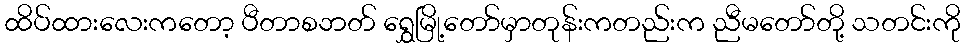
ထိပ်ထားလေးကတော့ ပီတာစဘတ် ရွှေမြို့တော်မှာတုန်းကတည်းက ညီမတော်တို့ သတင်းကို